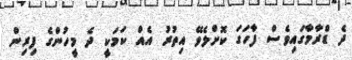
ދެ ޑްރާމާގައިވެސް ފާހަގަ ކޮށްލެވޭ އިތުރު އެއް ކަމަކީ ދެ މީހުންގެ ފިރިން